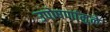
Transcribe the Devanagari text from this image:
उपोषणांमुळे